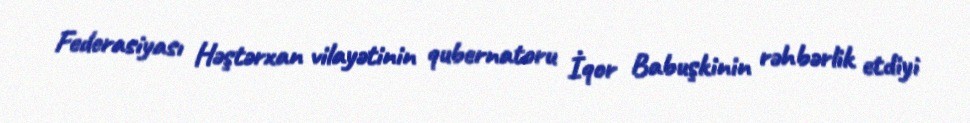
Federasiyası Həştərxan vilayətinin qubernatoru İqor Babuşkinin rəhbərlik etdiyi